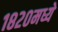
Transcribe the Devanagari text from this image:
१८२०मध्ये